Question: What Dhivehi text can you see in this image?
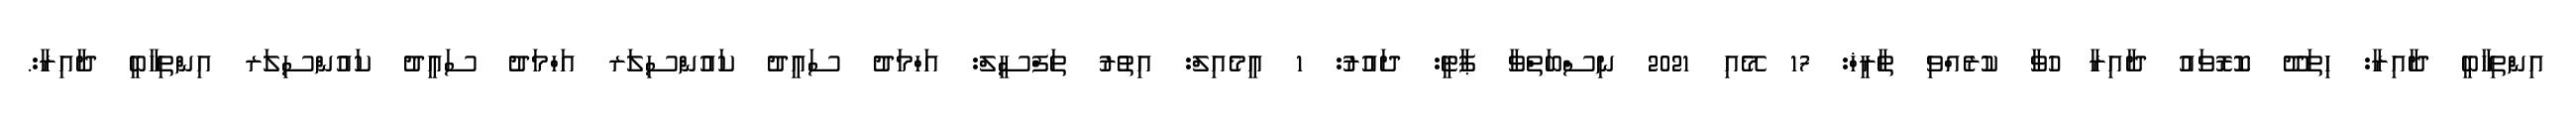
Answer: އިންތިހާބީ ދާއިރާ: ހިތަދޫ ކޮރޮވައު ދާއިރާ ހުވާ ކުރެއްވި ތާރީޚް: 17 މޭއި 2021 ނިސްބަތްވާ ޕާޓީ: ދައުރު: 1 އީމެއިލް: އިތުރު ތަފްސީލް: އަހްމަދު ސައީދު ކައުންސިލަރ އަހްމަދު ސައީދު ކައުންސިލަރ އިންތިހާބީ ދާއިރާ:.